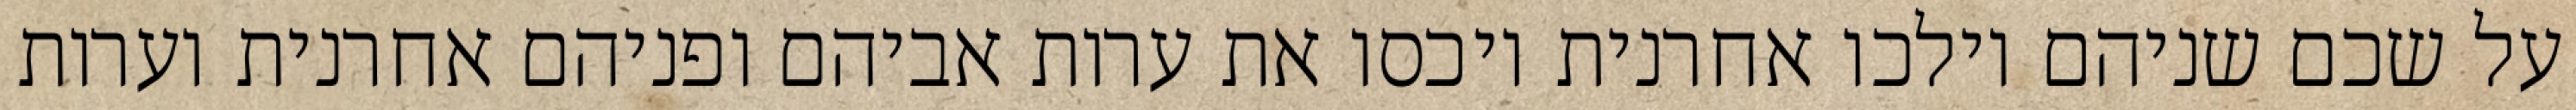
על שכם שניהם וילכו אחרנית ויכסו את ערות אביהם ופניהם אחרנית וערות